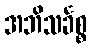
အဘိသင်္ခစ္စ